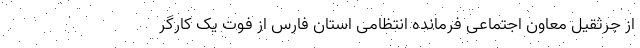
از جرثقیل معاون اجتماعی فرمانده انتظامی استان فارس از فوت یک کارگر